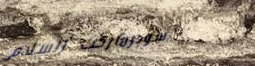
سوبرماركت السلام